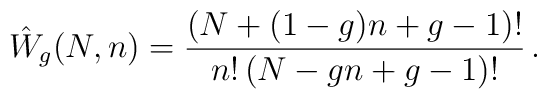
\hat{W}_g(N,n) =    \frac{(N+ (1-g)n +g-1)!}{n! \, ( N - g n + g-1)!} \,.